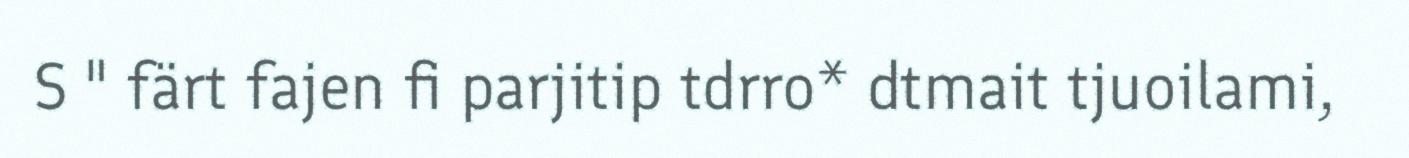
S " färt fajen fi parjitip tdrro* dtmait tjuoilami,